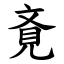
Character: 斍